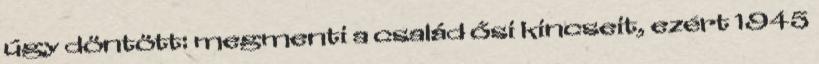
úgy döntött: megmenti a család ősi kincseit, ezért 1945